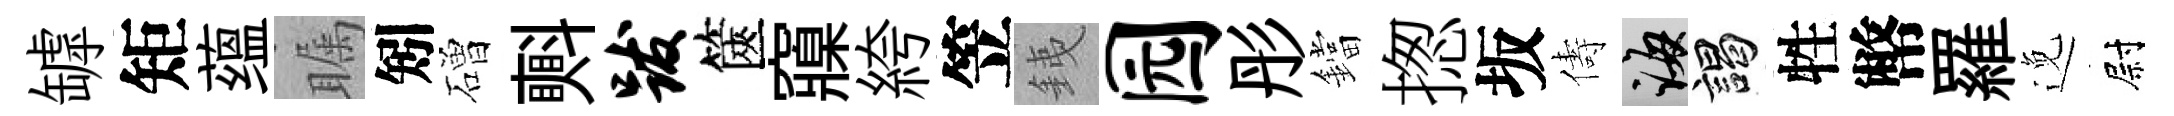
罅矩蕴瞩矧磳㪺跋篋䆿絝笠銕园彤鐺揔坂儔誨謁牲幣羅𨓜尉